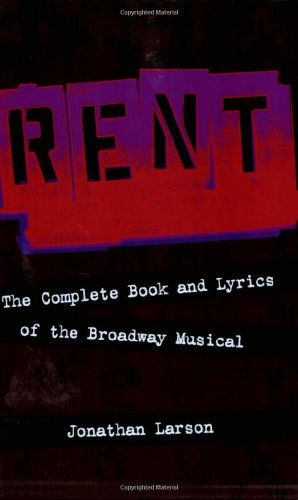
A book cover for Rent: The Complete Book and Lyrics of the Broadway Musical; Jonathan Larson; Humor & Entertainment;